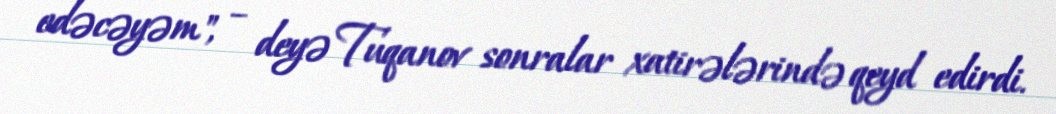
edəcəyəm", – deyə Tuqanov sonralar xatirələrində qeyd edirdi.